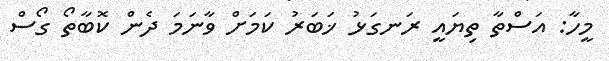
މީހާ: އަސްތާ ތިޔައީ ރަނގަޅު ޚަބަރު ކަމަށް ވާނަމަ ދެން ކޮބާތޯ ގޯސް